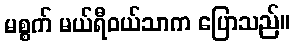
မစ္စက် မယ်ရီဝယ်သာက ပြောသည်။